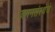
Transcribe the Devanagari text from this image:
जननसंस्थेचे